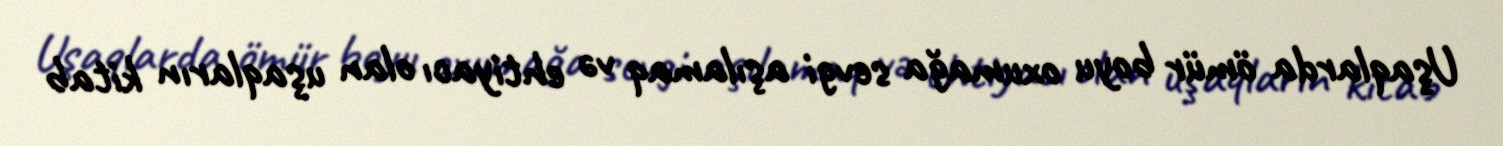
Uşaqlarda ömür boyu oxumağa sevgi aşılamaq və ehtiyacı olan uşaqların kitab